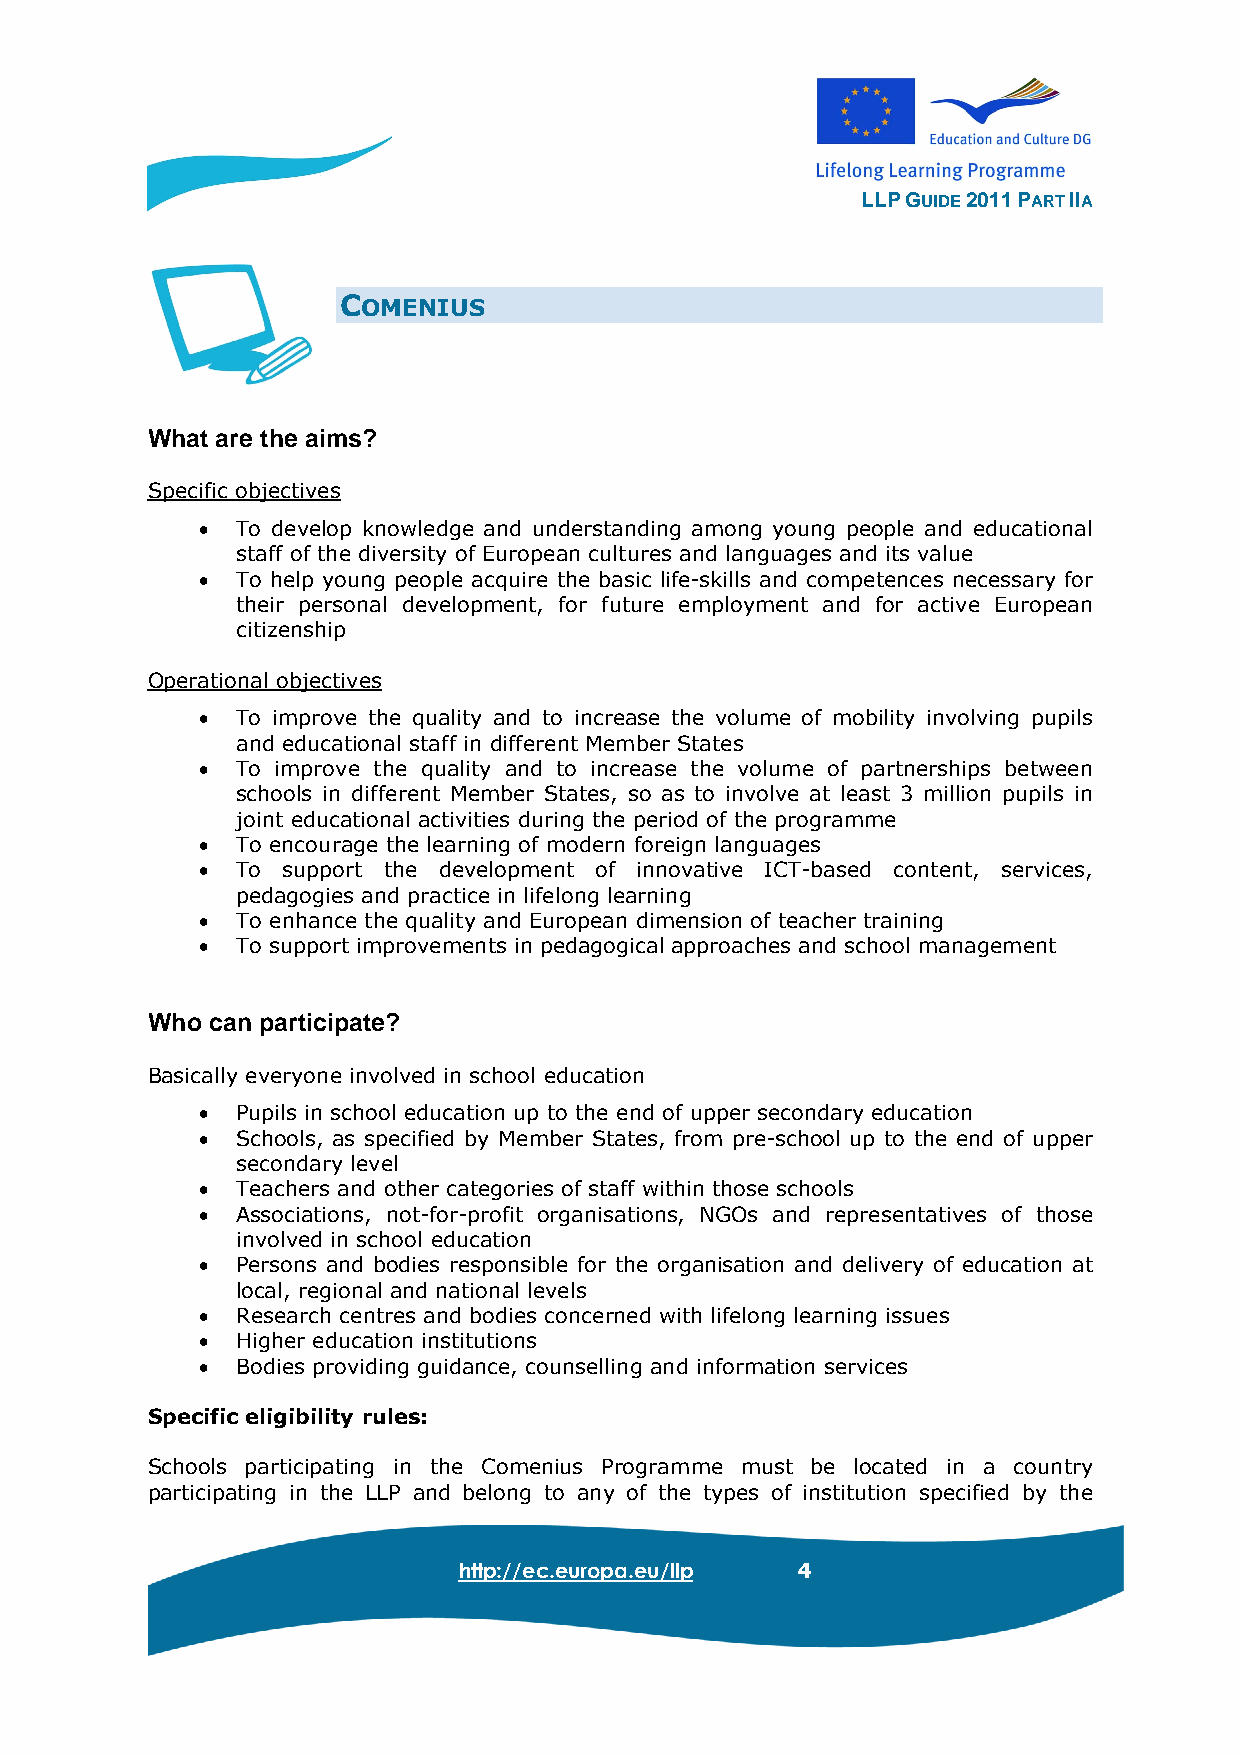
LLP GUIDE 2011 PART IIA
 COMENIUS
 What are the aims?
 Specific objectives
 •  To develop knowledge and understanding among young people and educational
 staff of the diversity of European cultures and languages and its value
 •  To help young people acquire the basic life-skills and competences necessary for
 their personal development, for future employment and for active European
 citizenship
 Operational objectives
 •  To improve the quality and to increase the volume of mobility involving pupils
 and educational staff in different Member States
 •  To improve the quality and to increase the volume of partnerships between
 schools in different Member States, so as to involve at least 3 million pupils in
 joint educational activities during the period of the programme
 •  To encourage the learning of modern foreign languages
 •  To support the development of innovative ICT-based content, services,
 pedagogies and practice in lifelong learning
 •  To enhance the quality and European dimension of teacher training
 •  To support improvements in pedagogical approaches and school management
 Who can participate?
 Basically everyone involved in school education
 •  Pupils in school education up to the end of upper secondary education
 •  Schools, as specified by Member States, from pre-school up to the end of upper
 secondary level
 •  Teachers and other categories of staff within those schools
 •  Associations, not-for-profit organisations, NGOs and representatives of those
 involved in school education
 •  Persons and bodies responsible for the organisation and delivery of education at
 local, regional and national levels
 •  Research centres and bodies concerned with lifelong learning issues
 •  Higher education institutions
 •  Bodies providing guidance, counselling and information services
 Specific eligibility rules:
 Schools participating in the Comenius Programme must be located in a country
 participating in the LLP and belong to any of the types of institution specified by the
 http://ec.europa.eu/llp 4